Note on the mental hospitals in Burma - 1925-1940
Year: 1925
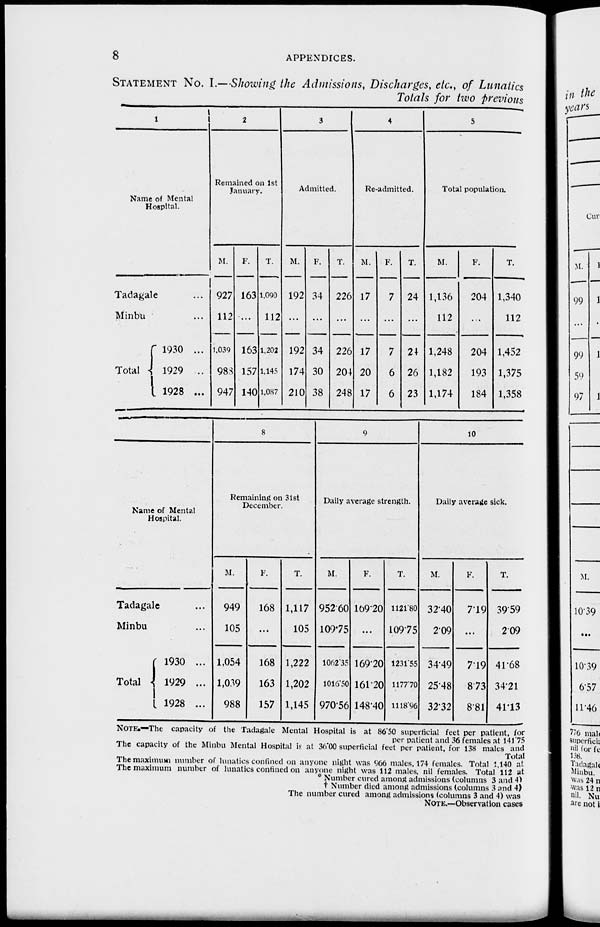
8
APPENDICES.
STATEMENT No. I.—Showing the Admissions, Discharges, etc., of Lunatics
Totals for two previous
1
Name of Mental
Hospital.
Tadagale ...
Minbu ...
Total
1930 ...
1929 ...
1928 ...
2
Remained on 1st
January.
M.
927
112
1,039
983
947
F.
163
...
163
157
140
T.
1,090
112
1,202
1,145
1,087
3
Admitted.
M.
192
...
192
174
210
F.
34
...
34
30
38
T.
226
...
226
204
248
4
Re-admitted.
M.
17
...
17
20
17
F.
7
...
7
6
6
T.
24
...
24
26
23
5
Total population.
M.
1,136
112
1,248
1,182
1,174
F.
204
...
204
193
184
T.
1,340
112
1,452
1,375
1,358
Name of Mental
Hospital.
Tadagale ...
Minbu ...
Total
1930 ...
1929 ...
1928 ...
8
Remaining on 31st
December.
M.
949
105
1,054
1,039
988
F.
168
...
168
163
157
T.
1,117
105
1,222
1,202
1,145
9
Daily average strength.
M.
952.60
109.75
1062.35
1016.50
970.56
F.
169.20
...
169.20
161.20
148.40
T.
1121.80
109.75
1231.55
1177.70
1118.96
10
Daily average sick.
M.
32.40
2.09
34.49
25.48
32.32
F.
7.19
...
7.19
8.73
8.81
T.
39.59
2.09
41.68
34.21
41.13
NOTE.—The capacity of the Tadagale Mental Hospital is at 86.50 superficial feet per patient, for
per patient and 36 females at 141.75
The capacity of the Minbu Mental Hospital is at 36.00 superficial feet per patient, for 138 males and
Total
The maximum number of lunatics confined on anyone night was 966 males, 174 females. Total 1,140 at
The maximum number of lunatics confined on anyone night was 112 males, nil females. Total 112 at
* Number cured among admissions (columns 3 and 4)
†
Number died among admissions (columns 3 and 4)
The number cured among admissions (columns 3 and 4) was
NOTE.—Observation cases